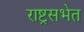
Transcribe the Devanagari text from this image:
राष्ट्रसभेत